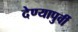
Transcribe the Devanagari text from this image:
देण्यापुर्वी